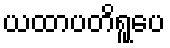
ယထာပတိရူပေ